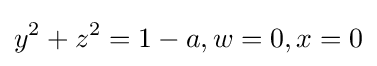
y^{2}+z^{2}=1-a,w=0,x=0